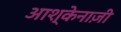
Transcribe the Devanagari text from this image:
आश्केनाज़ी